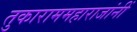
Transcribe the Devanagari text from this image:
तुकाराममहाराजांनीं